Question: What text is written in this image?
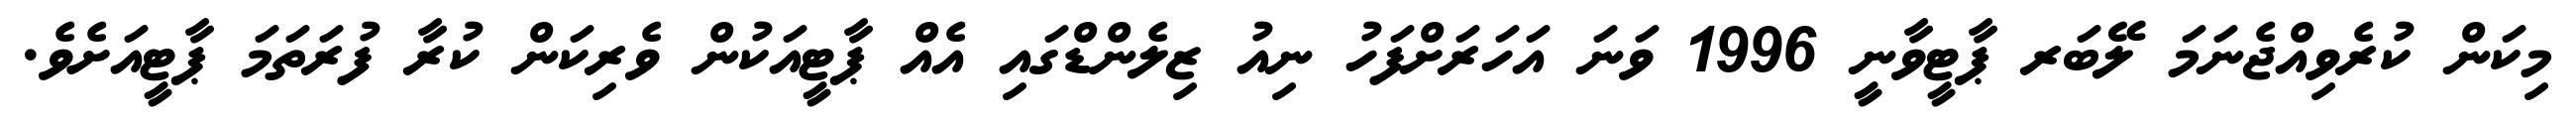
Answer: މިކަން ކުރެވިއްޖެނަމަ ލޭބަރ ޕާޓީވާނީ 1996 ވަނަ އަހަރަށްފަހު ނިއު ޒިލެންޑްގައި އެއް ޕާޓީއަކުން ވެރިކަން ކުރާ ފުރަތަމަ ޕާޓީއަށެވެ.